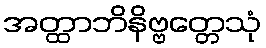
အတ္ထာဘိနိဗ္ဗတ္တေသုံ